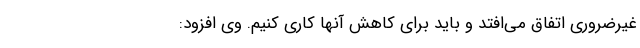
غیرضروری اتفاق می‌افتد و باید برای کاهش آنها کاری کنیم. وی افزود: